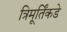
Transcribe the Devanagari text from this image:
त्रिमूर्तिंकडे